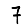
Digit: 7